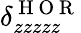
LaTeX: \delta_{zzzzz}^{\mathrm{~H~O~R~}}